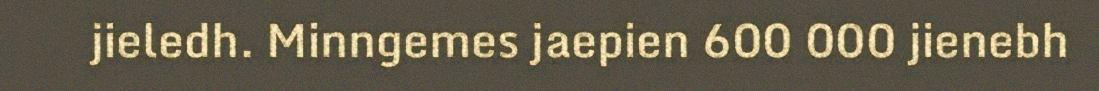
jieledh. Minngemes jaepien 600 000 jienebh